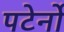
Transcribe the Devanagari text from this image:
पटेर्नो